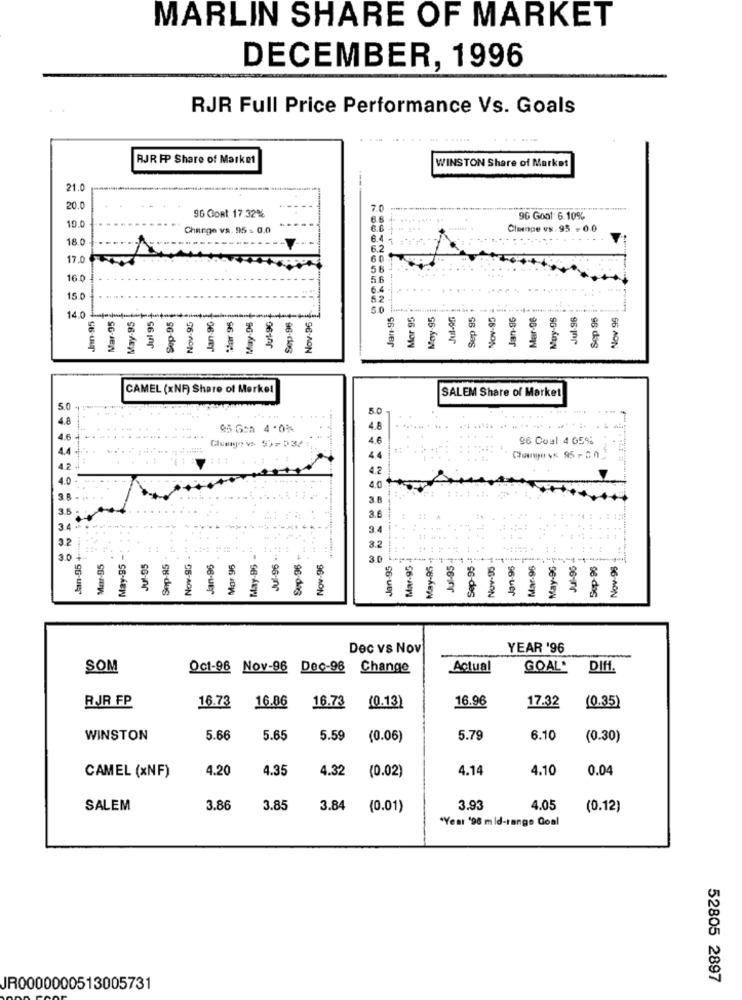
MARLIN SHARE OF MARKET
DECEMBER, 1996
RJR Full Price Performance Vs. Goals
RJR FP Share of Market
----
WINSTON Share of Market
21.0
20.0
96 GoRt 17.32%
96 Goal 6.10%
10.0
Change vs. 95 - 0.0
Cimenpe vs.95= 0.0
18.0
17.0
16.0
Jan-95
May-95
Jul 95.
Sep-95
Jan 90
May.96
Jan-95
Mor 95
May-95
Sep 95
Nov-95
Jan-96
Mar-96
Muy-95
Jul-96
Sep 95
Nov 95
14.
Mar-95
Nov.95
Mar 95
Jul-90
Sep-96
Nov-96
CAMEL (xNF) Share of Merkel
SALEM Share of Market
5.0
4.8
95 Gca 4 .0%
4.6
4 €
96 Coul 4 05%
1.4
Change vs 95 , 00
4.2
4.0
38 -....
3.6 -
3.1
34-
3.2
Jan-35 + .....
Jul-96 -
Sep-96 -
Mar-95
May-95
Jul-95
Sep-85
Nov-9G
Jan-96
Mor 96
May-96
Nov-96
30
Jan-95
Mar-95 .
May-95
Jul-95
Sep-95
Nov-95
Jan-96
Mar-96
May-96 -
Jul-95
Sop-96
Nov-98
Dec vs Nov
YEAR '96
SOM
Oct-96 Nov-96 Dec-96 Change
Actual
GOAL'
DIff.
RJR FP
16.73
16.86
16.96
17.32
(0.35)
16.73
(0.13)
WINSTON
5.66
5.65
5.59
(0.06)
5.79
6.10
(0.30)
CAMEL (xNF)
4.20
4.35
4.32
(0.02)
4.14
4.10
0.04
SALEM
3.86
3.85
3.84
(0.01)
3.93
4.05
(0.12)
*Year '98 mld-range Goal
52805 2897
JR0000000513005731